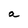
Character: a